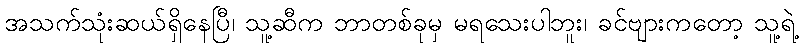
အသက်သုံးဆယ်ရှိနေပြီ၊ သူ့ဆီက ဘာတစ်ခုမှ မရသေးပါဘူး၊ ခင်ဗျားကတော့ သူ့ရဲ့